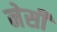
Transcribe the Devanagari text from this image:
नेसी